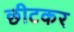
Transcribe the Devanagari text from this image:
छीटकर